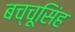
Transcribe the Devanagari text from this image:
बच्चूसिंह